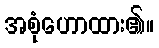
အစုံဟောထား၏။